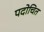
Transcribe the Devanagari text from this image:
पदोचित